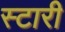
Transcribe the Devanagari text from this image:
स्टारी